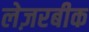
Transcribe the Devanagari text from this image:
लेज़रबीक